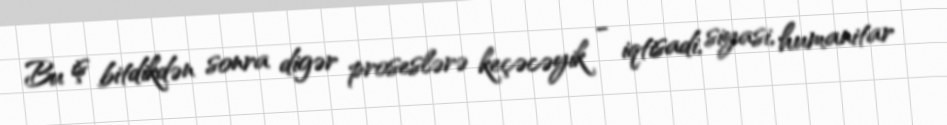
Bu iş bitdikdən sonra digər proseslərə keçəcəyik - iqtisadi, siyasi, humanitar